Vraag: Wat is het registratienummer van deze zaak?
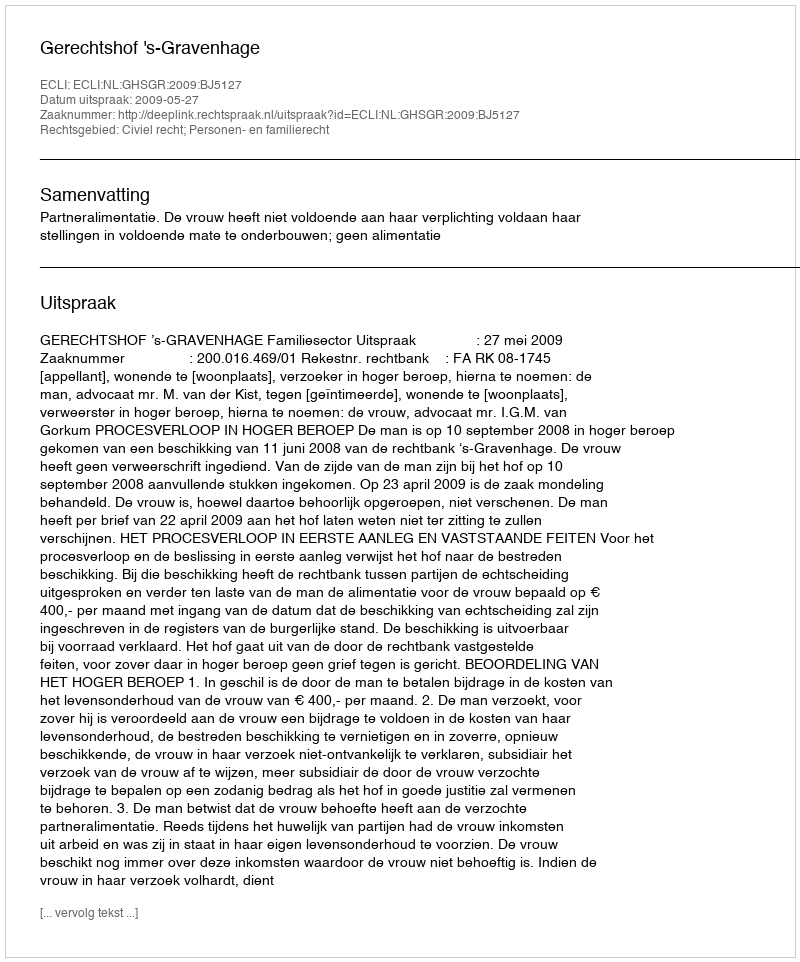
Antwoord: http://deeplink.rechtspraak.nl/uitspraak?id=ECLI:NL:GHSGR:2009:BJ5127